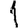
Digit: 1